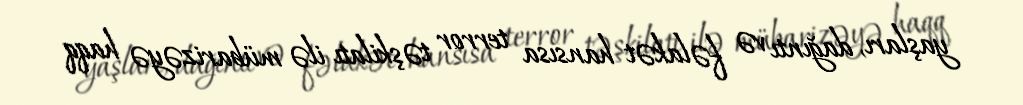
yaşları, dağıntı və fəlakət hansısa terror təşkilatı ilə mübarizəyə haqq